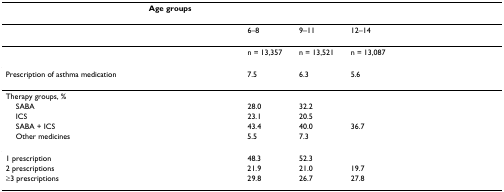
<table><thead><tr><td>[EMPTY_CELL]</td><td colspan="7"><b>Age groups</b></td></tr></thead><tbody><tr><td>[EMPTY_CELL]</td><td>[EMPTY_CELL]</td><td>[EMPTY_CELL]</td><td>6–8</td><td>9–11</td><td>12–14</td><td>[EMPTY_CELL]</td><td>[EMPTY_CELL]</td></tr><tr><td>[EMPTY_CELL]</td><td>[EMPTY_CELL]</td><td>[EMPTY_CELL]</td><td>n = 13,357</td><td>n = 13,521</td><td>n = 13,087</td><td>[EMPTY_CELL]</td><td>[EMPTY_CELL]</td></tr><tr><td>Prescription of asthma medication</td><td>[EMPTY_CELL]</td><td>[EMPTY_CELL]</td><td>7.5</td><td>6.3</td><td>5.6</td><td>[EMPTY_CELL]</td><td>[EMPTY_CELL]</td></tr><tr><td colspan="8">Therapy groups, %</td></tr><tr><td> SABA</td><td>[EMPTY_CELL]</td><td>[EMPTY_CELL]</td><td>28.0</td><td>32.2</td><td>[EMPTY_CELL]</td><td>[EMPTY_CELL]</td><td>[EMPTY_CELL]</td></tr><tr><td> ICS</td><td>[EMPTY_CELL]</td><td>[EMPTY_CELL]</td><td>23.1</td><td>20.5</td><td>[EMPTY_CELL]</td><td>[EMPTY_CELL]</td><td>[EMPTY_CELL]</td></tr><tr><td> SABA + ICS</td><td>[EMPTY_CELL]</td><td>[EMPTY_CELL]</td><td>43.4</td><td>40.0</td><td>36.7</td><td>[EMPTY_CELL]</td><td>[EMPTY_CELL]</td></tr><tr><td> Other medicines</td><td>[EMPTY_CELL]</td><td>[EMPTY_CELL]</td><td>5.5</td><td>7.3</td><td>[EMPTY_CELL]</td><td>[EMPTY_CELL]</td><td>[EMPTY_CELL]</td></tr><tr><td>1 prescription</td><td>[EMPTY_CELL]</td><td>[EMPTY_CELL]</td><td>48.3</td><td>52.3</td><td>[EMPTY_CELL]</td><td>[EMPTY_CELL]</td><td>[EMPTY_CELL]</td></tr><tr><td>2 prescriptions</td><td>[EMPTY_CELL]</td><td>[EMPTY_CELL]</td><td>21.9</td><td>21.0</td><td>19.7</td><td>[EMPTY_CELL]</td><td>[EMPTY_CELL]</td></tr><tr><td>≥3 prescriptions</td><td>[EMPTY_CELL]</td><td>[EMPTY_CELL]</td><td>29.8</td><td>26.7</td><td>27.8</td><td>[EMPTY_CELL]</td><td>[EMPTY_CELL]</td></tr></tbody></table>